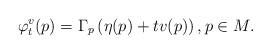
LaTeX: \begin{align*}\varphi_t^v(p) = \Gamma_p \left( \eta(p) + t v(p) \right), p \in M.\end{align*}